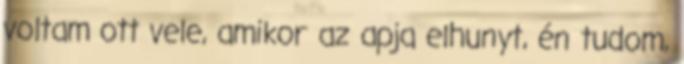
voltam ott vele, amikor az apja elhunyt, én tudom,